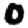
Digit: 0